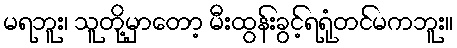
မရဘူး၊ သူတို့မှာတော့ မီးထွန်းခွင့်ရရုံတင်မကဘူး။